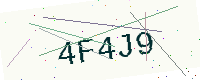
Text: 4F4J9